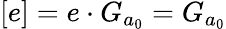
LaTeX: [e]=e\cdot G_{a_{0}}=G_{a_{0}}